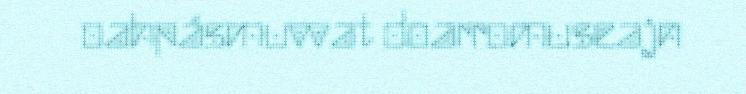
oahpásmuvvat doarromuseajn